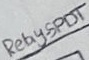
Text: Relay-SPDT